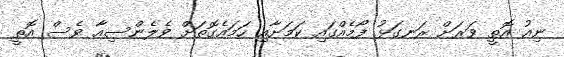
ނިއު އޮތީ ވަރަށް ރަނގަޅު ފޯމެއްގައި ކަމަށާއި ހަމައެގޮތަށް ވެލެންސިއާ ވެސް އޮތީ